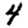
Digit: 4